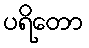
ပရိတော